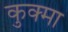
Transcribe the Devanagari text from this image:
कुक्मा